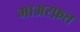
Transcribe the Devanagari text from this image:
माअरफ़त